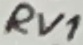
Text: RV1